DOW-UAP-D75, Mission Report, Gulf of Aden, July 2024
Agency: Department of War
Incident date: 7/14/24
Incident location: Gulf of Aden
Page 8
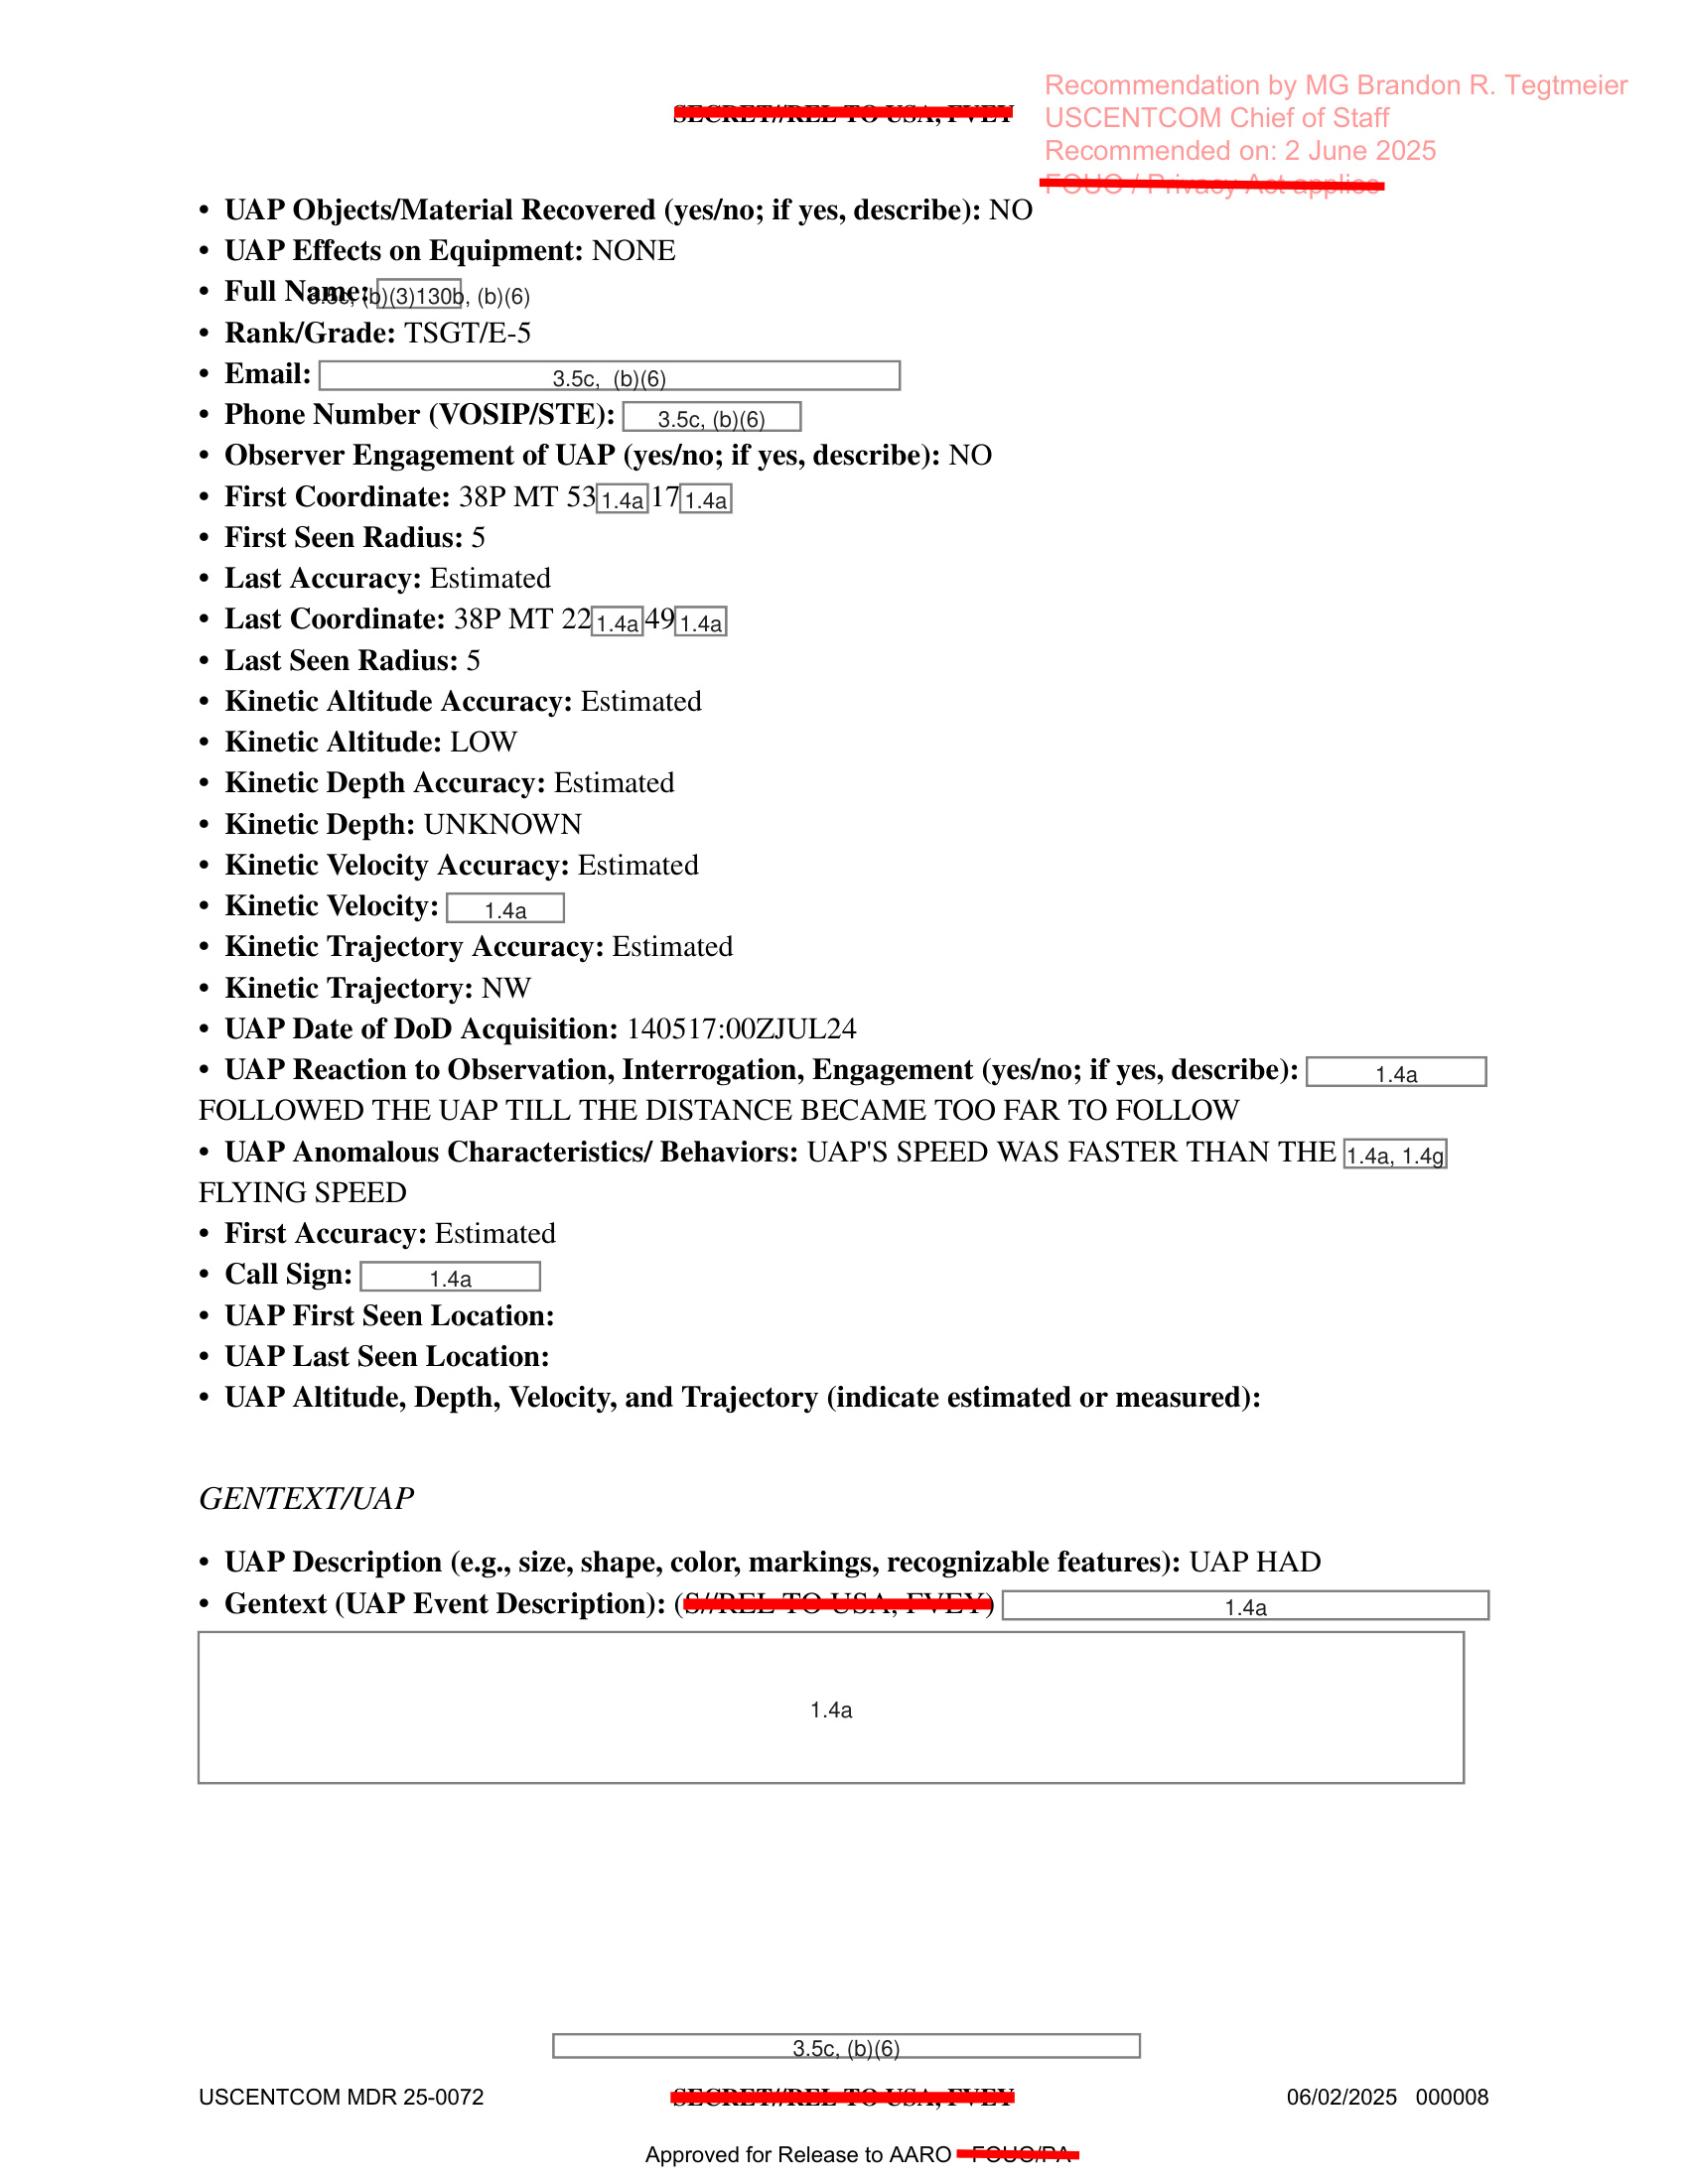